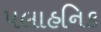
પલાહનિક